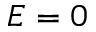
E = 0